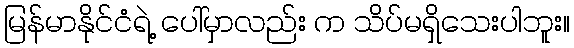
မြန်မာနိုင်ငံရဲ့ ပေါ်မှာလည်း က သိပ်မရှိသေးပါဘူး။